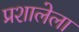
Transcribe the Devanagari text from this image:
प्रशालेला